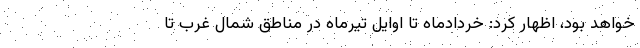
خواهد بود، اظهار کرد: خردادماه تا اوایل تیرماه در مناطق شمال غرب تا